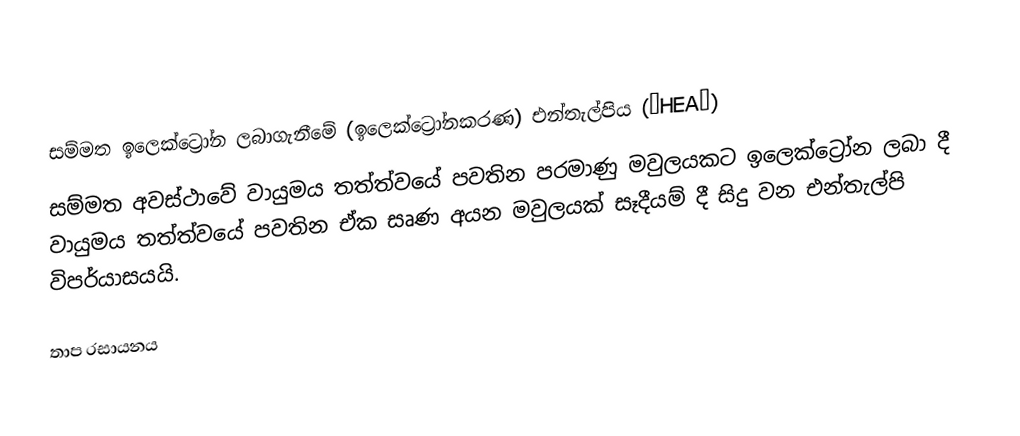

සම්මත ඉලෙක්ට්‍රෝන ලබාගැනීමේ (ඉලෙක්ට්‍රෝනකරණ) එන්තැල්පිය (∆HEA∅)
සම්මත අවස්ථාවේ වායුමය තත්ත්වයේ පවතින පරමාණු මවුලයකට ඉලෙක්ට්‍රෝන ලබා දී වායුමය තත්ත්වයේ පවතින ඒක සෘණ අයන මවුලයක් සෑදීයම් දී සිදු වන එන්තැල්පි විපර්යාසයයි.

තාප රසායනය